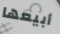
أبيعها